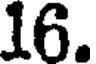
16.